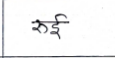
मजकूर: रुई